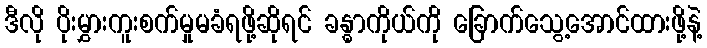
ဒီလို ပိုးမွှားကူးစက်မှုမခံရဖို့ဆိုရင် ခန္ဓာကိုယ်ကို ခြောက်သွေ့အောင်ထားဖို့နဲ့